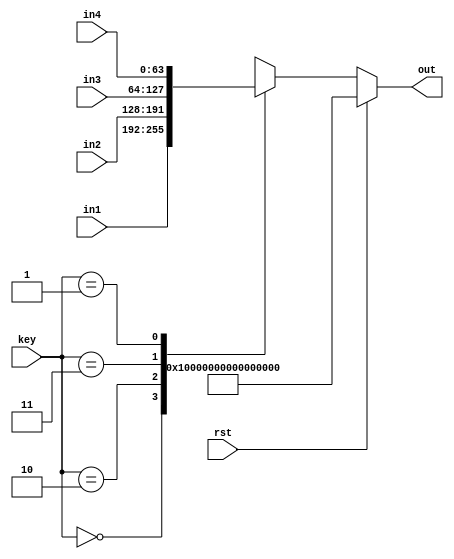
module mux64x4 (
    input [63:0] in1,
    input [63:0] in2,
    input [63:0] in3,
    input [63:0] in4,
    input [1:0] key,
    input rst,
    output reg [63:0] out
    );

    always @ * begin
        if (rst) begin
            out = ~0;
        end else
        case (key) 
            2'b00: out = in1;
            2'b10: out = in2;
            2'b11: out = in3;
            2'b01: out = in4;
        endcase
    end
    
endmodule